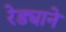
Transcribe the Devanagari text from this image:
रेड्याने